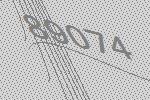
89074